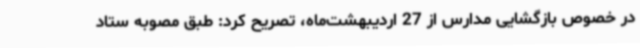
در خصوص بازگشایی مدارس از 27 اردیبهشت‌ماه، تصریح کرد: طبق مصوبه ستاد